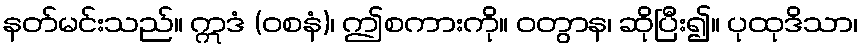
နတ်မင်းသည်။ ဣဒံ (ဝစနံ)၊ ဤစကားကို။ ဝတွာန၊ ဆိုပြီး၍။ ပုထုဒိသာ၊